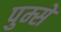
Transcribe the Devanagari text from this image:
पुम्से